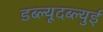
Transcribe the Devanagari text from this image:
डब्ल्यूदब्ल्युई